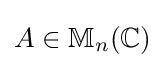
A\in \mathbb {M} _{n}(\mathbb {C} )